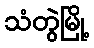
သံတွဲမြို့